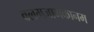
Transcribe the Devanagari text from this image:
वलमजामकानम